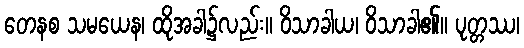
တေနစ သမယေန၊ ထိုအခါ၌လည်း။ ဝိသာခါယ၊ ဝိသာခါ၏။ ပုတ္တဿ၊